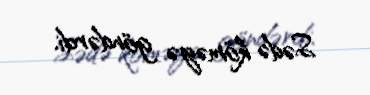
Sədə köməyə göndərdi.